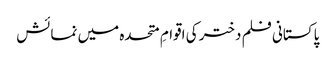
پاکستانی فلم دختر کی اقوامِ متحدہ میں نمائش